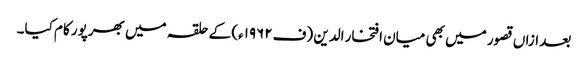
بعد ازاں قصور میں بھی میان افتخار الدین (ف۱۹۶۲ء) کے حلقہ میں بھرپور کام کیا۔